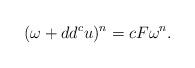
LaTeX: \begin{align*}(\omega + dd^c u)^n = c F \omega^n.\end{align*}